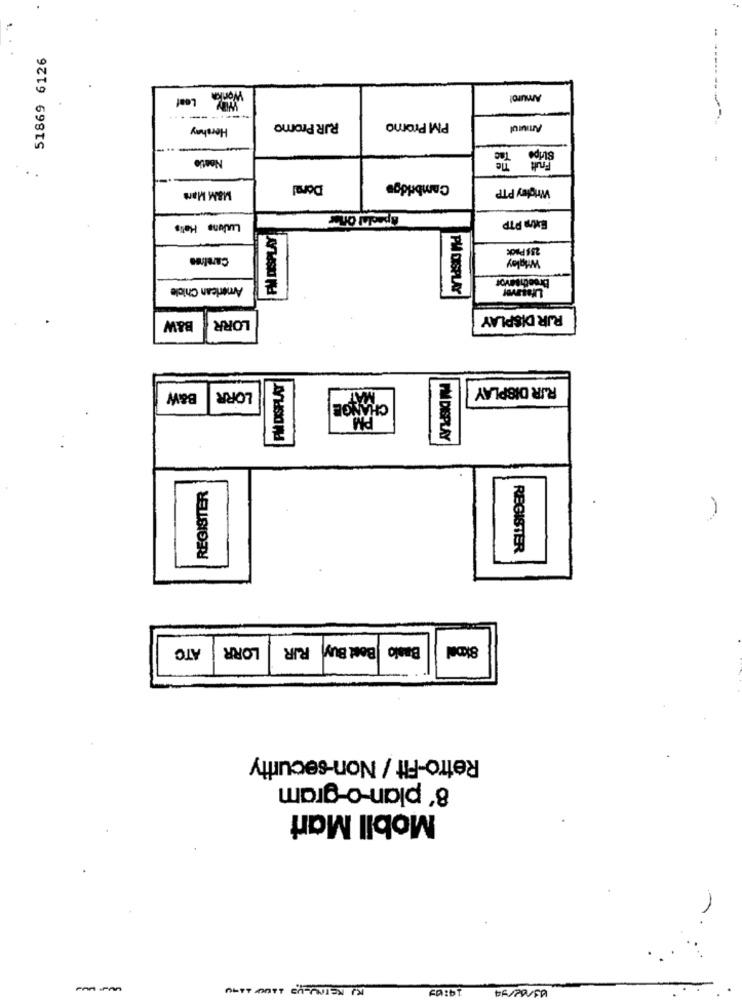
51869 6126
Amurol
Hershay
RJR Promo
PM Promo
Anurul
Fruit
:
Doral
Cambridge
Wrigley PTP
M&M Mars
Extra PTP
Luune Halis
FM DISPLAY
2.58 Pack
Caraires
Wigley
BreechMIvor
American Chicle
PM DISPLAY
LORR
RIR DISPLAY
B&W
RIR DISPLAY
B&W
LORR
CHANGE
PM
PM DISPLAY
REGISTER
REGISTER
ATC
LORR
RIR
Basio Best Buy
8kDal
Retro-Fit / Non-security
8' plan-o-gram
Mobil Mari
KJ KEINE-UP 1100 1190
19:05
13/02/94